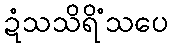
ဍံသသိရိံသပေ